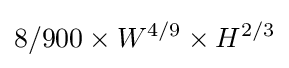
{8/900}\times W^{4/9}\times H^{2/3}